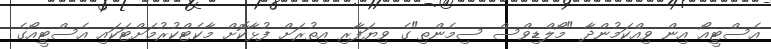
އެސްޓީއޯ އިން ވިއްކަމުންދާ "މޯލްޑިވްސް ސިމެންތި"ގެ ވިޔަފާރި އިތުރަށް ފުޅާކޮށް މާކެޓްކުރުމަށްޓަކައި އެސްޓީއޯގެ